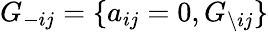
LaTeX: G_{-ij}=\{ a_{ij}=0,G_{\backslash ij}\}